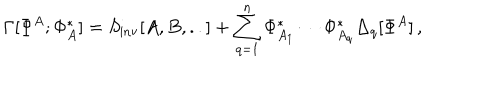
\Gamma [ \Phi ^ { A } ; \Phi _ { A } ^ { * } ] = S _ { \mathrm { i n v } } [ A , B , . . ] + \sum _ { q = 1 } ^ { n } \Phi _ { A _ { 1 } } ^ { * } \cdots \Phi _ { A _ { q } } ^ { * } \Delta _ { q } [ \Phi ^ { A } ] \, ,